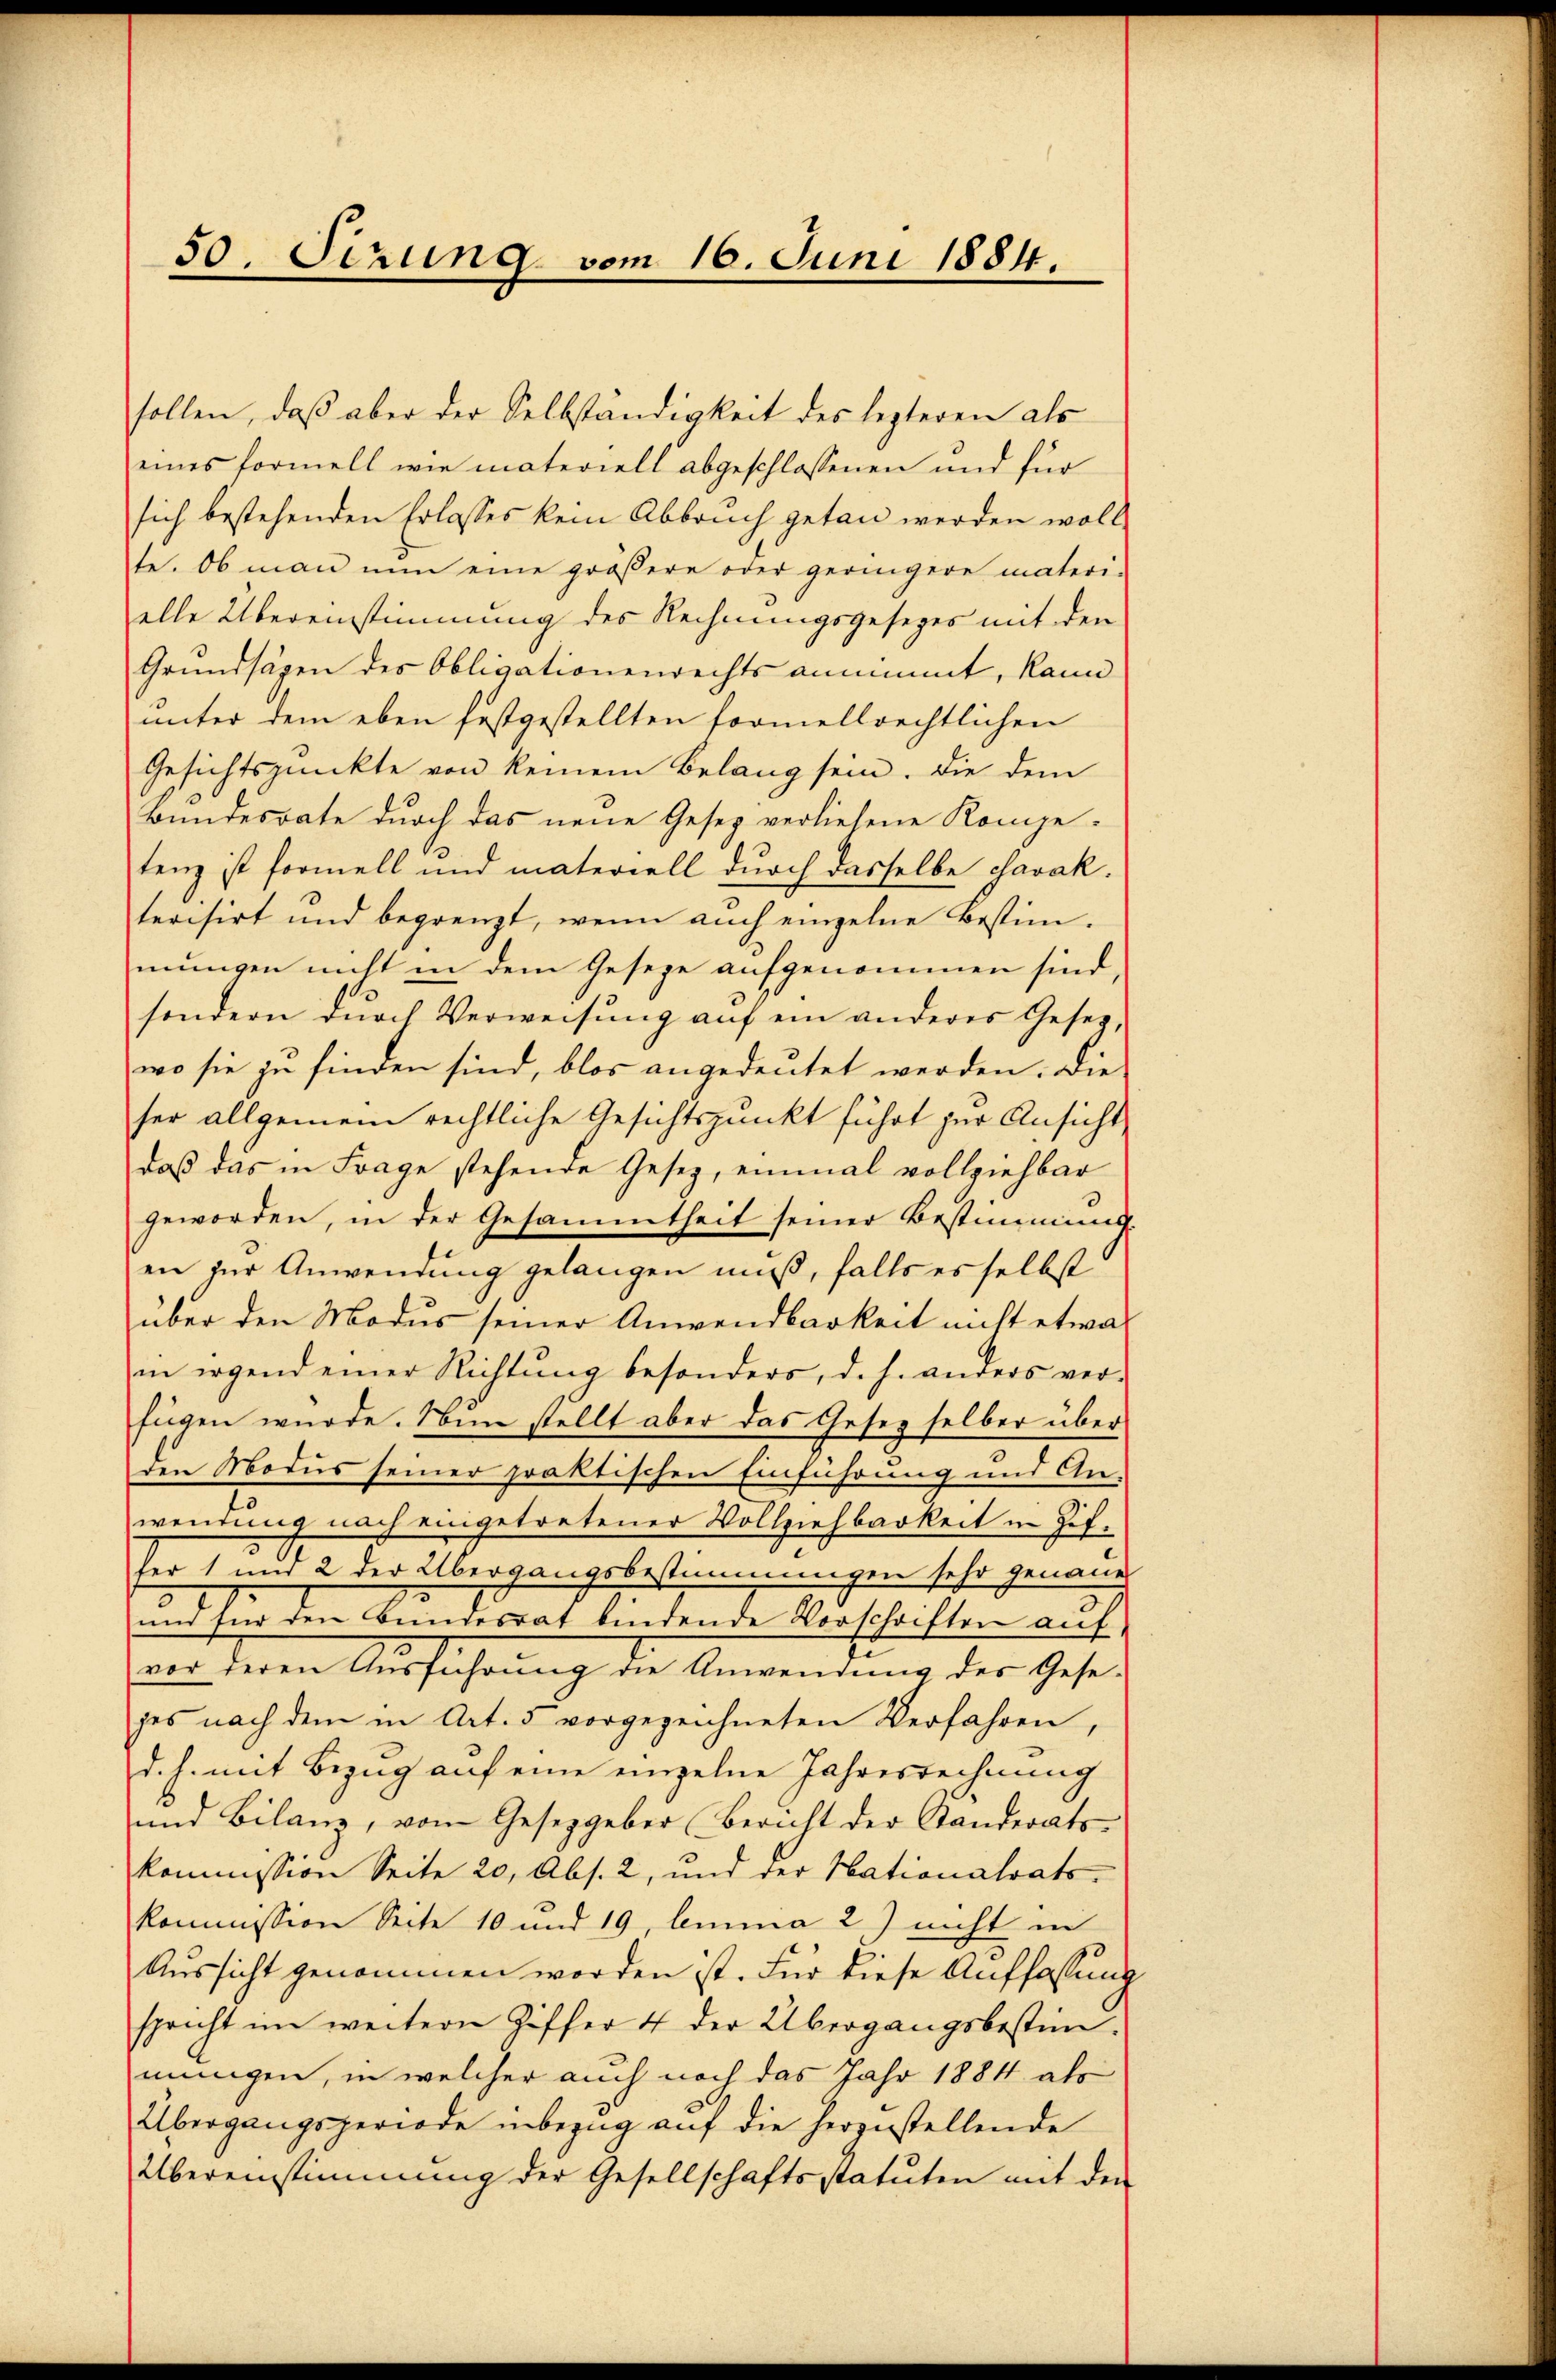
50. Sitzung vom 16. Juni 1884.

sollen, daß aber der Selbständigkeit des lezteren als
eines formell wie materiell abgeschlossenen und für
sich bestehenden Erlasses kein Abbruch getan werden woll
te. Ob man nun eine größere oder geringere materi-
elle Übereinstimmung des Rechnungsgesezes mit den
Grundsägen des Obligationenrechts annimmt, kann
unter dem eben festgestellten formellrechtlichen
Gesichtspunkte von keinem Belang sein. Die dem
Bundesrate durch das neue Gesetz verliehene Kompe-
tenz ist formell und materiell durch dasselbe Javak.
terisirt und begrenzt, wenn auch einzelne Bestimmungen nicht in dem Geseze aufgenommen sind,
sondern durch Verweisung auf ein anderes Gesetz,
wo sie zu finden sind, blos angedeutet werden. Die
ser allgemein rechtliche Gesichtspunkt führt zur Ansicht
daß das in Frage stehende Gesetz, einmal vollziehbar
geworden, in der Gesammtheit seiner Bestimmung
en zur Anwendung gelangen muß, falls es selbst
über den Modus seiner Anwendbarkeit nicht etwas
in irgend einer Richtung besonders, d. h. anders ver-
fügen wurde. Nun stellt aber das Gesez selber über
den Modus seiner praktischen Einführung und An-
wendung nach eingetretener Vollziehbarkeit in Zif.
fer 1 und 2 der Übergangsbestimmungen sehr genaue
und für den Bundesrat bindende Vorschriften auf
vor deren Ausführung die Anwendung des Gese-
ges nach dem in Art. 5 vorgezeichneten Verfahren
d. h. mit Bezug auf eine einzelne Jahresrechnung
und Bilanz, vom Gesetzgeber Bericht der Standerats-
kommission Seite 20, Abs. 2, und der Nationalrats-
kommission Seite 10 und 19, lina 2) nicht in
Aussicht genommen worden ist. Für diese Auffassung
spricht im weitern Ziffer 4 der Übergangsbestim-
mungen, in welcher auch noch das Jahr 1884 als
Übergangsperiode inbezug auf die herzustellende
Übereinstimmung der Gesellschaftsstatuten mit den